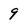
Character: 9